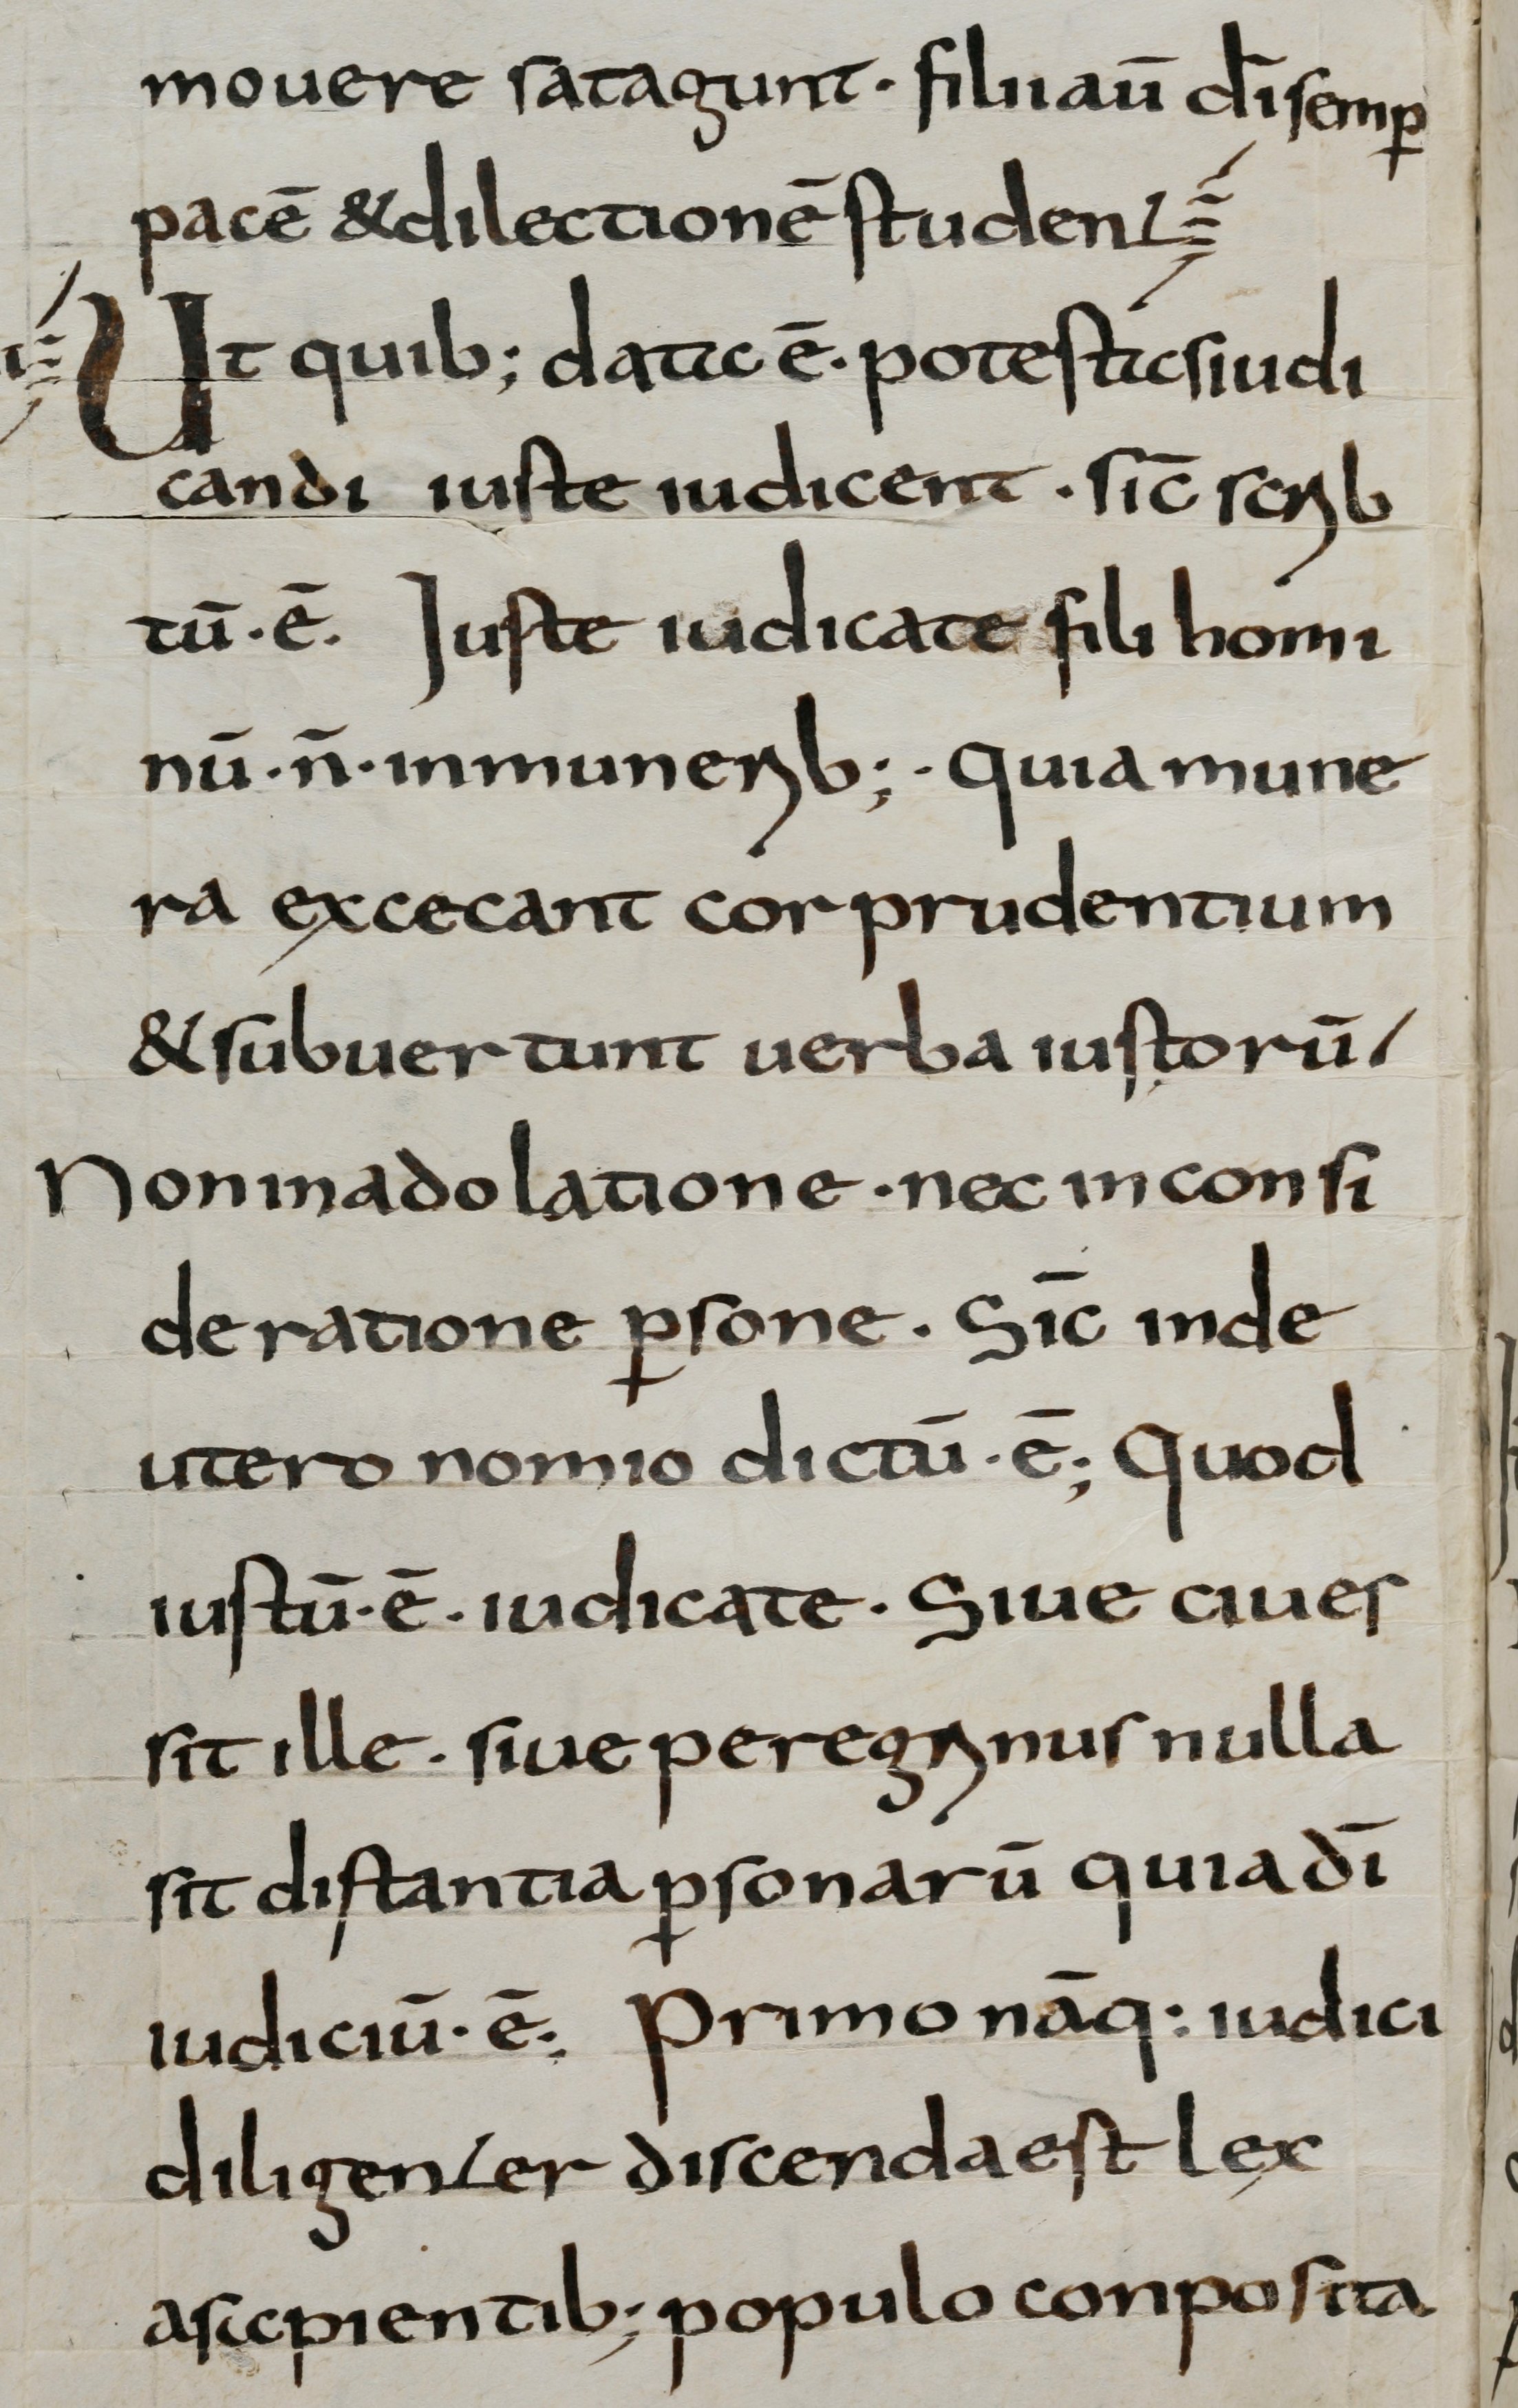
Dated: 800–825